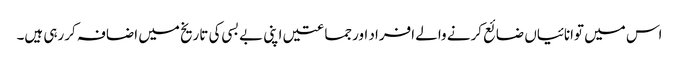
اس میں توانائیاں ضائع کرنے والے افراد اورجماعتیں اپنی بے بسی کی تاریخ میں اضافہ کررہی ہیں۔